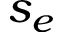
s _ { e }